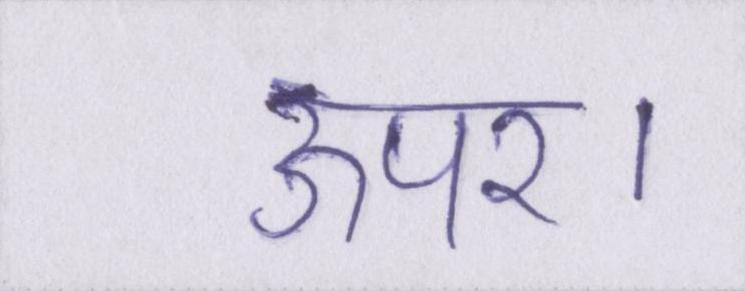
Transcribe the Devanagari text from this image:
ऊपर।